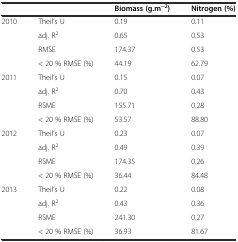
<table><thead><tr><td></td><td></td><td><b>Biomass (g.m<sup>−2</sup>)</b></td><td><b>Nitrogen (%)</b></td></tr></thead><tbody><tr><td>2010</td><td>Theil’s U</td><td>0.19</td><td>0.11</td></tr><tr><td></td><td>adj. R<sup>2</sup></td><td>0.65</td><td>0.53</td></tr><tr><td></td><td>RMSE</td><td>174.37</td><td>0.53</td></tr><tr><td></td><td>&lt; 20 % RMSE (%)</td><td>44.19</td><td>62.79</td></tr><tr><td>2011</td><td>Theil’s U</td><td>0.15</td><td>0.07</td></tr><tr><td></td><td>adj. R<sup>2</sup></td><td>0.70</td><td>0.43</td></tr><tr><td></td><td>RSME</td><td>155.71</td><td>0.28</td></tr><tr><td></td><td>&lt; 20 % RMSE (%)</td><td>53.57</td><td>88.80</td></tr><tr><td>2012</td><td>Theil’s U</td><td>0.23</td><td>0.07</td></tr><tr><td></td><td>adj. R<sup>2</sup></td><td>0.49</td><td>0.39</td></tr><tr><td></td><td>RSME</td><td>174.35</td><td>0.26</td></tr><tr><td></td><td>&lt; 20 % RMSE (%)</td><td>36.44</td><td>84.48</td></tr><tr><td>2013</td><td>Theil’s U</td><td>0.22</td><td>0.08</td></tr><tr><td></td><td>adj. R<sup>2</sup></td><td>0.43</td><td>0.36</td></tr><tr><td></td><td>RSME</td><td>241.30</td><td>0.27</td></tr><tr><td></td><td>&lt; 20 % RMSE (%)</td><td>36.93</td><td>81.67</td></tr></tbody></table>